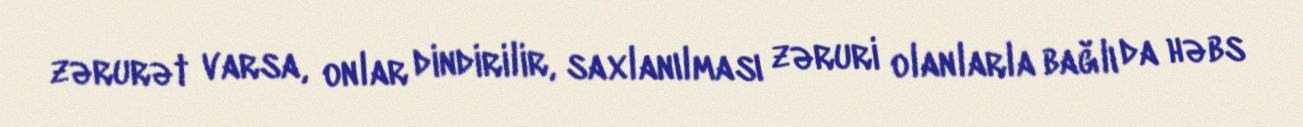
zərurət varsa, onlar dindirilir, saxlanılması zəruri olanlarla bağlı da həbs